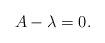
LaTeX: \begin{align*}A - \lambda = 0.\end{align*}